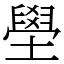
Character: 壆